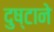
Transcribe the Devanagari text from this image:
दुष्टाने